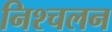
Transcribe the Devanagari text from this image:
निश्‍चलन